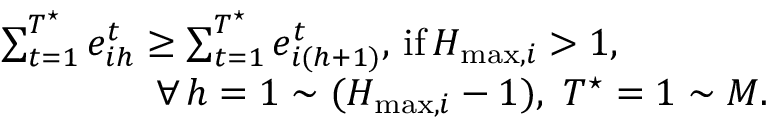
\begin{array} { r l } & { \sum _ { t = 1 } ^ { T ^ { \star } } e _ { i h } ^ { t } \geq \sum _ { t = 1 } ^ { T ^ { \star } } e _ { i ( h + 1 ) } ^ { t } , \, \mathrm { { i f } } \, H _ { \operatorname* { m a x } , i } > 1 , } \\ & { \quad \quad \quad \quad \forall { \, h = 1 \sim ( H _ { \operatorname* { m a x } , i } - 1 ) , ~ T ^ { \star } = 1 \sim M } . } \end{array}